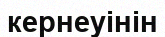
кернеуінін